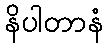
နိပါတာနံ